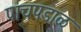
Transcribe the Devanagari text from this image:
पाचपडाळ